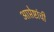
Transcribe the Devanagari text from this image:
आप्तेष्टांची